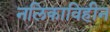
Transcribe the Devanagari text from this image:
नलिकाविहीन